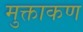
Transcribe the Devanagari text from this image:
मुक्ताकण